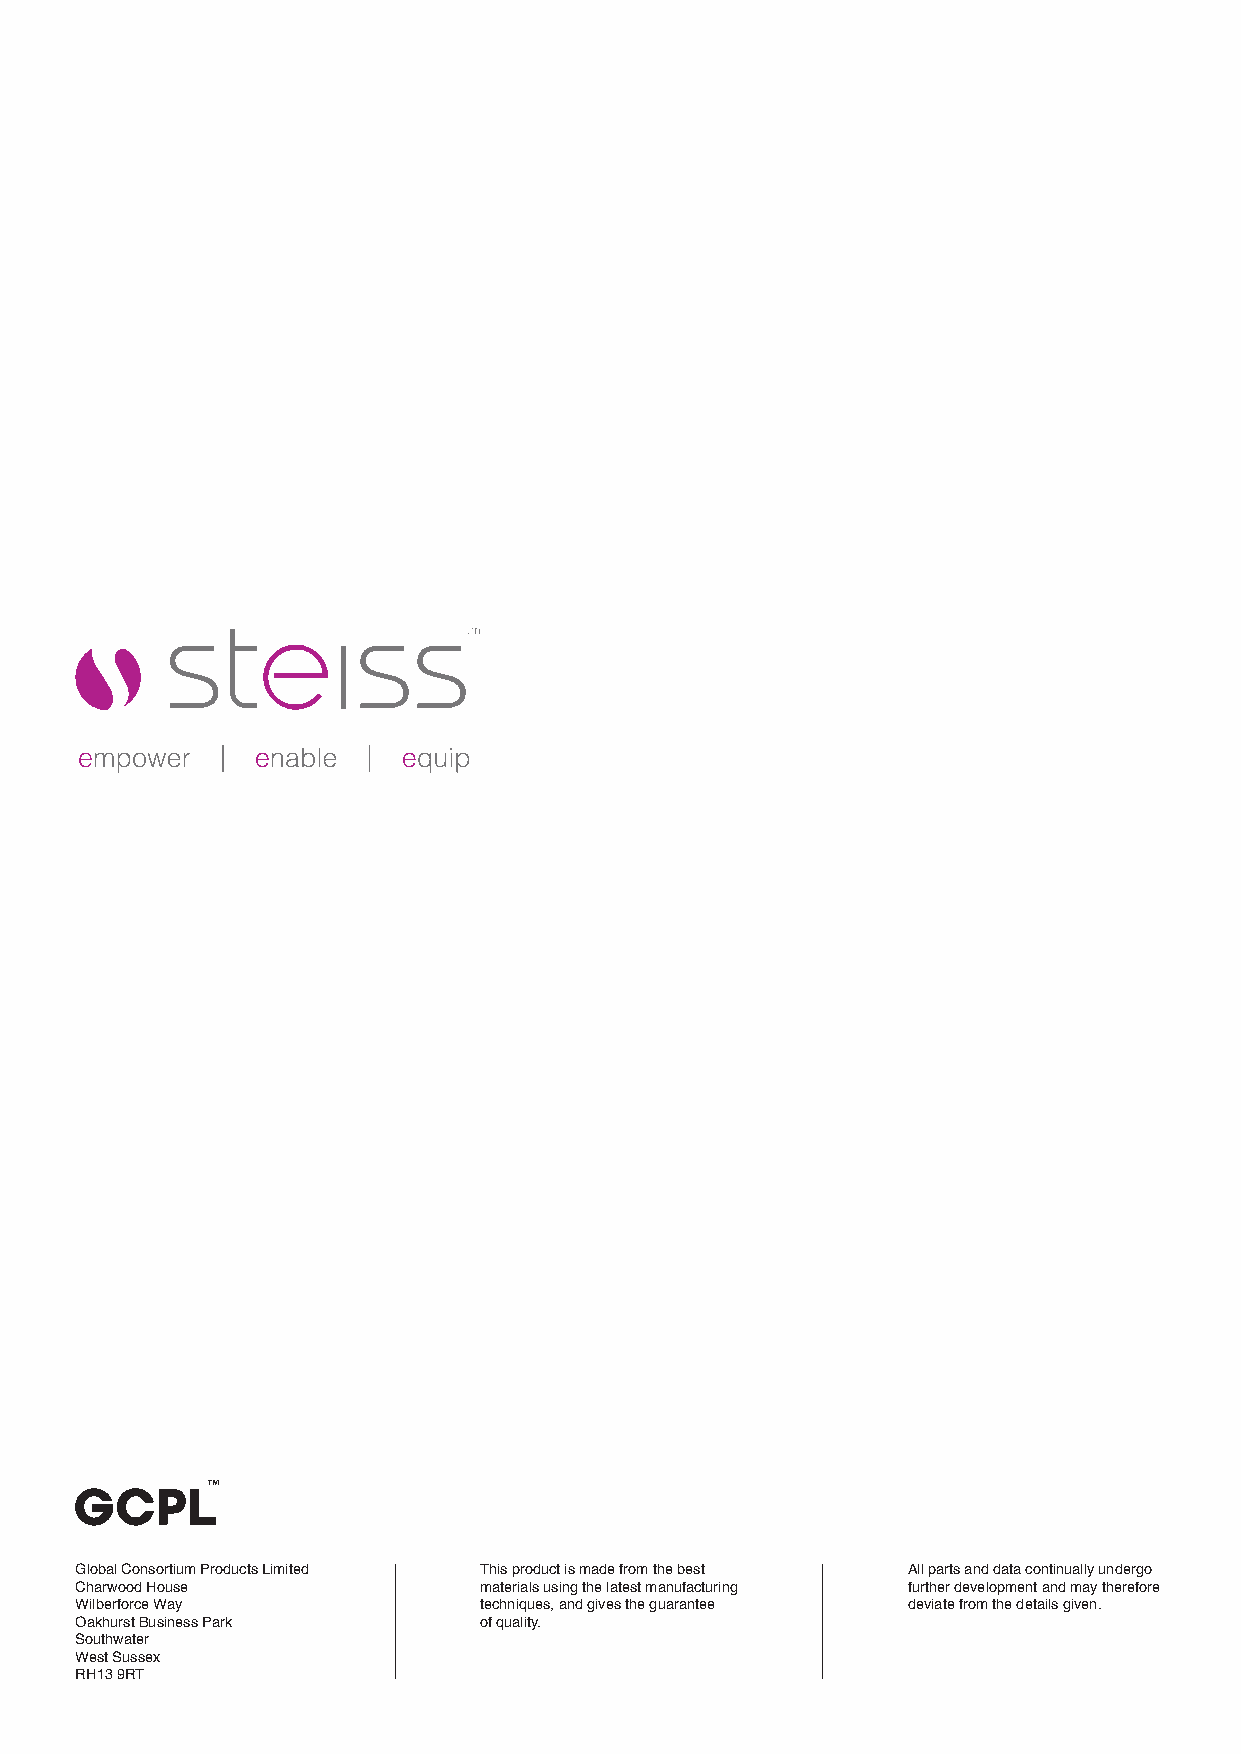
™
 Global Consortium Products Limited This product is made from the best All parts and data continually undergo
 Charwood House             materials using the latest manufacturing further development and may therefore
 Wilberforce Way            techniques, and gives the guarantee deviate from the details given.
 Oakhurst Business Park     of quality.
 Southwater
 West Sussex
 RH13 9RT